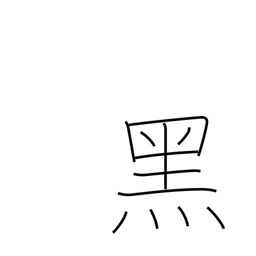
Meaning: sinister